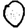
Digit: 0